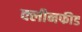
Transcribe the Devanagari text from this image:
क्लीनफीड